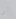
لو